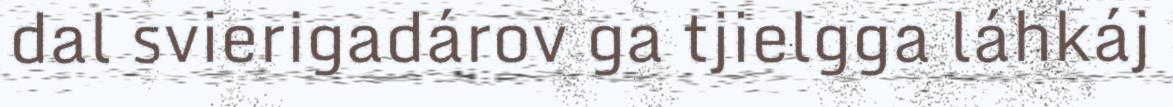
dal svierigadárov ga tjielgga láhkáj